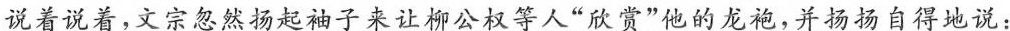
说着说着，文宗忽然扬起袖子来让柳公： ”欣赏”他的龙袍，并扬扬自得地说：